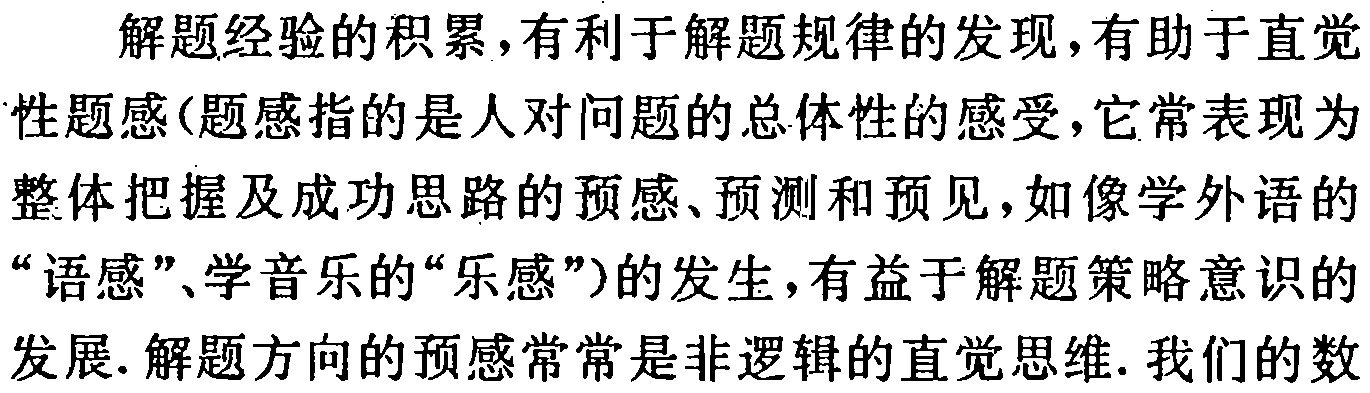
解题经验的积累，有利于解题规律的发现，有助于直觉性题感(题感指的是人对问题的总体性的感受，它常表现为整体把握及成功思路的预感、预测和预见，如像学外语的“语感”、学音乐的“乐感”)的发生，有益于解题策略意识的发展. 解题方向的预感常常是非逻辑的直觉思维. 我们的数